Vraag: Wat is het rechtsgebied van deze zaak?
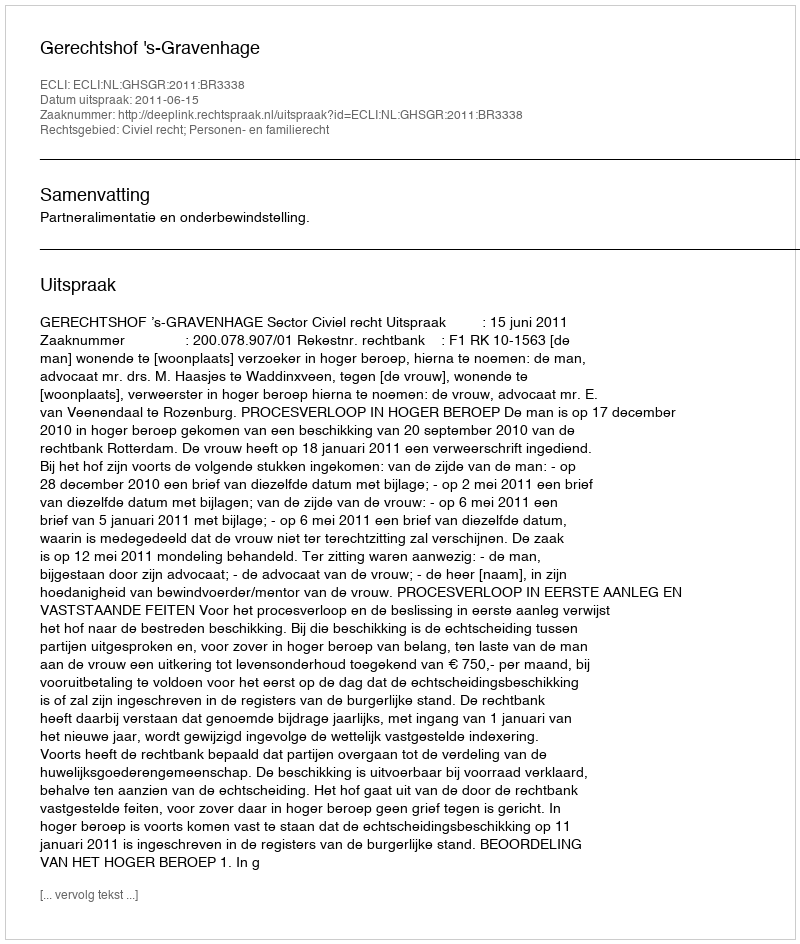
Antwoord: Civiel recht; Personen- en familierecht